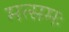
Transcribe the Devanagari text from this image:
मत्समः